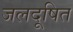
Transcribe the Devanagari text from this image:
जलदूषित